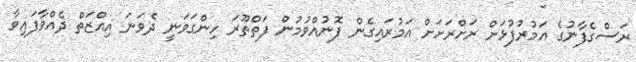
ރަސްގެފާނުގެ އަމުރުފުޅަށް ރަށްރަށަށް އަމުރައިގެން ފޮނުއްވުމުން ފަތްތޫރަ ހިންގަވަނީ ދެވަނަ އިއްޒަތް ދެއްވާފައިވާ